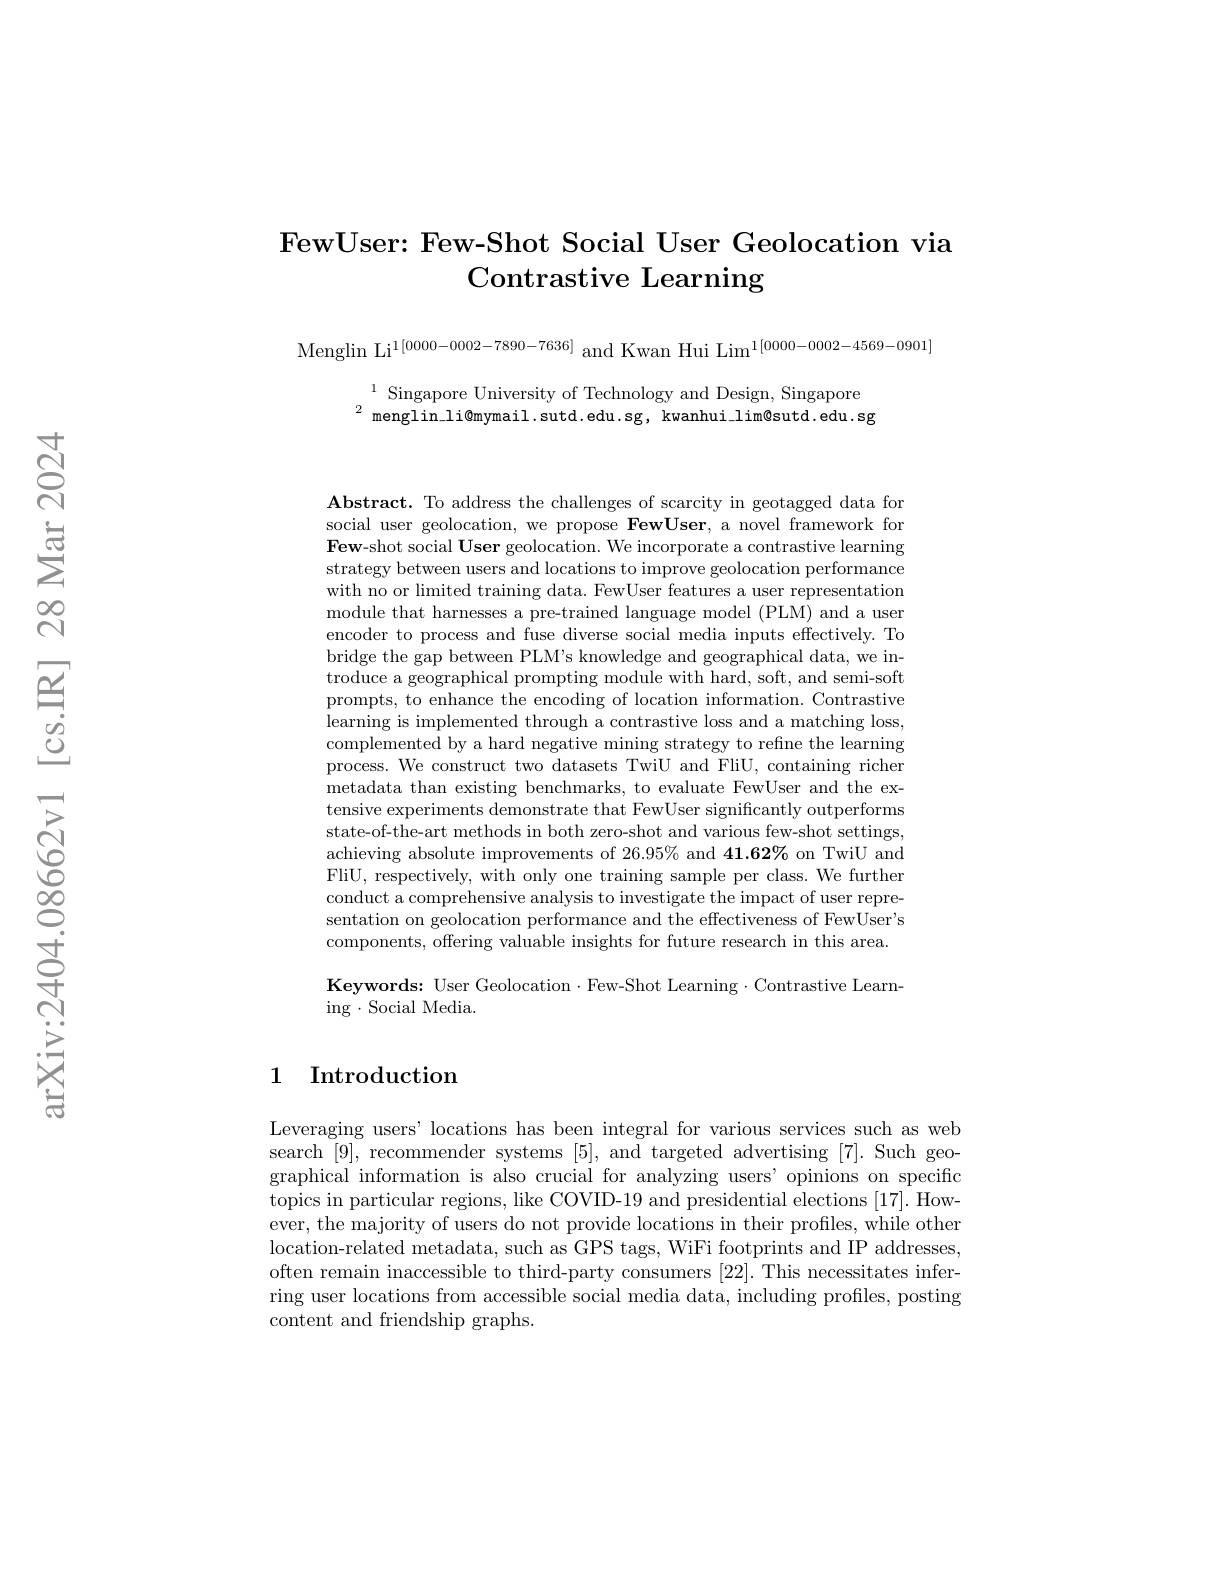
### FewUser: Few-Shot Social User Geolocation via Contrastive Learning

Menglin Li$^{1[0000-0002-7890-7636]}$ and Kwan Hui Lim$^{1[0000-0002-4569-0901]}$

$^{1}$ Singapore University of Technology and Design, Singapore $^{2}$menglin\_li@mymail.sutd.edu.sg, kwanhui\_lim@sutd.edu.sg

Abstract. To address the challenges of scarcity in geotagged data for social user geolocation, we propose FewUser, a novel framework for $\textbf{Few- shot social User geolocation. We incorporate a contrastive learning}$ strategy between users and locations to improve geolocation performance with no or limited training data. FewUser features a user representation module that harnesses a pre-trained language model (PLM) and a user encoder to process and fuse diverse social media inputs effectively. To bridge the gap between PLM's knowledge and geographical data, we introduce a geographical prompting module with hard, soft, and semi-soft prompts, to enhance the encoding of location information. Contrastive learning is implemented through a contrastive loss and a matching loss, complemented by a hard negative mining strategy to refine the learning process. We construct two datasets TwiU and FliU, containing richer metadata than existing benchmarks, to evaluate FewUser and the extensive experiments demonstrate that FewUser significantly outperforms state-of-the-art methods in both zero-shot and various few-shot settings, achieving absolute improvements of 26.95% and 41.62% on TwiU and FliU, respectively, with only one training sample per class. We further conduct a comprehensive analysis to investigate the impact of user representation on geolocation performance and the effectiveness of FewUser's components, offering valuable insights for future research in this area. Keywords: User Geolocation$\cdot$Few-Shot Learning$\cdot$Contrastive Learn-

$\operatorname{ing}\cdot\operatorname{Social}$ Media.

## 1 Introduction

Leveraging users' locations has been integral for various services such as web search [9], recommender systems [5], and targeted advertising [7]. Such geographical information is also crucial for analyzing users' opinions on specific topics in particular regions, like COVID-19 and presidential elections [17]. However, the majority of users do not provide locations in their profiles, while other location-related metadata, such as GPS tags, WiFi footprints and IP addresses, often remain inaccessible to third-party consumers [22]. This necessitates inferring user locations from accessible social media data, including profiles, posting content and friendship graphs